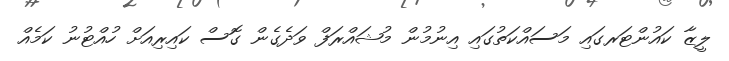
ލީޒާ ކައުންޓަރގައި މަސައްކަތުގައި އިނުމުން މުޝައްރަފް ވަދެގެން ގޮސް ކައިރިއަށް ހުއްޓުނު ކަމެއް